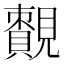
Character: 𧢔